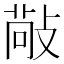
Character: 𢾠